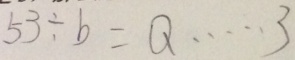
5 3 \div b = Q \cdots 3